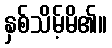
နှစ်သိမ့်မိ၏။